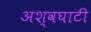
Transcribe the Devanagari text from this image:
अश्वघाटी